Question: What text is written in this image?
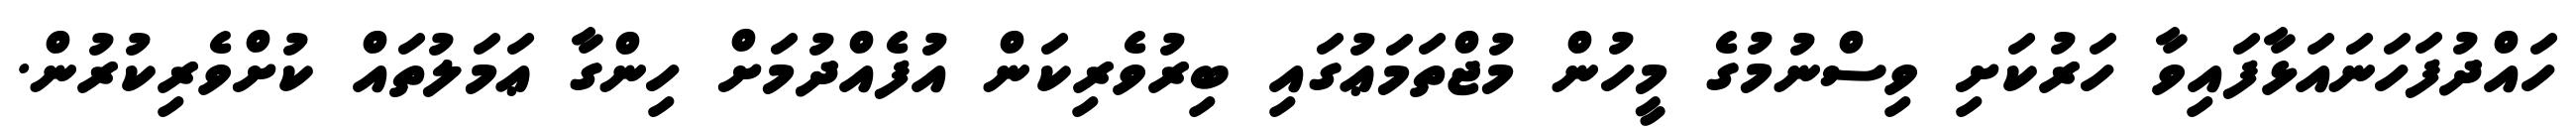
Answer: ހައްދުފަހަނައަޅާފައިވާ ހަރުކަށި ވިސްނުމުގެ މީހުން މުޖްތަމަޢުގައި ބިރުވެރިކަން އުފެއްދުމަށް ހިންގާ ޢަމަލުތައް ކުށްވެރިކުރުން.